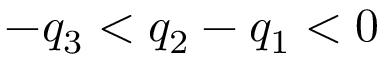
- q _ { 3 } < q _ { 2 } - q _ { 1 } < 0